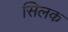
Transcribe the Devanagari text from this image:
सिलक